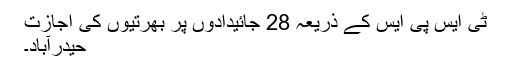
ٹی ایس پی ایس کے ذریعہ 28 جائیدادوں پر بھرتیوں کی اجازت
حیدرآباد۔